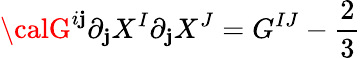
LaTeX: {\calG}^{i\mathbf{j}}\partial_{\mathbf{j}}X^{I}\partial_{\mathbf{j}}X^{J}=G^{IJ}-{\frac{{2}}{{3}}}